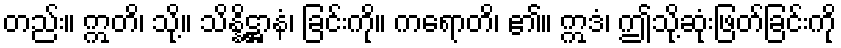
တည်း။ ဣတိ၊ သို့။ သိန္နိဋ္ဌာနံ၊ ခြင်းကို။ ကရောတိ၊ ၏။ ဣဒံ၊ ဤသို့ဆုံးဖြတ်ခြင်းကို